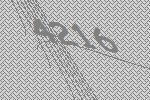
4216